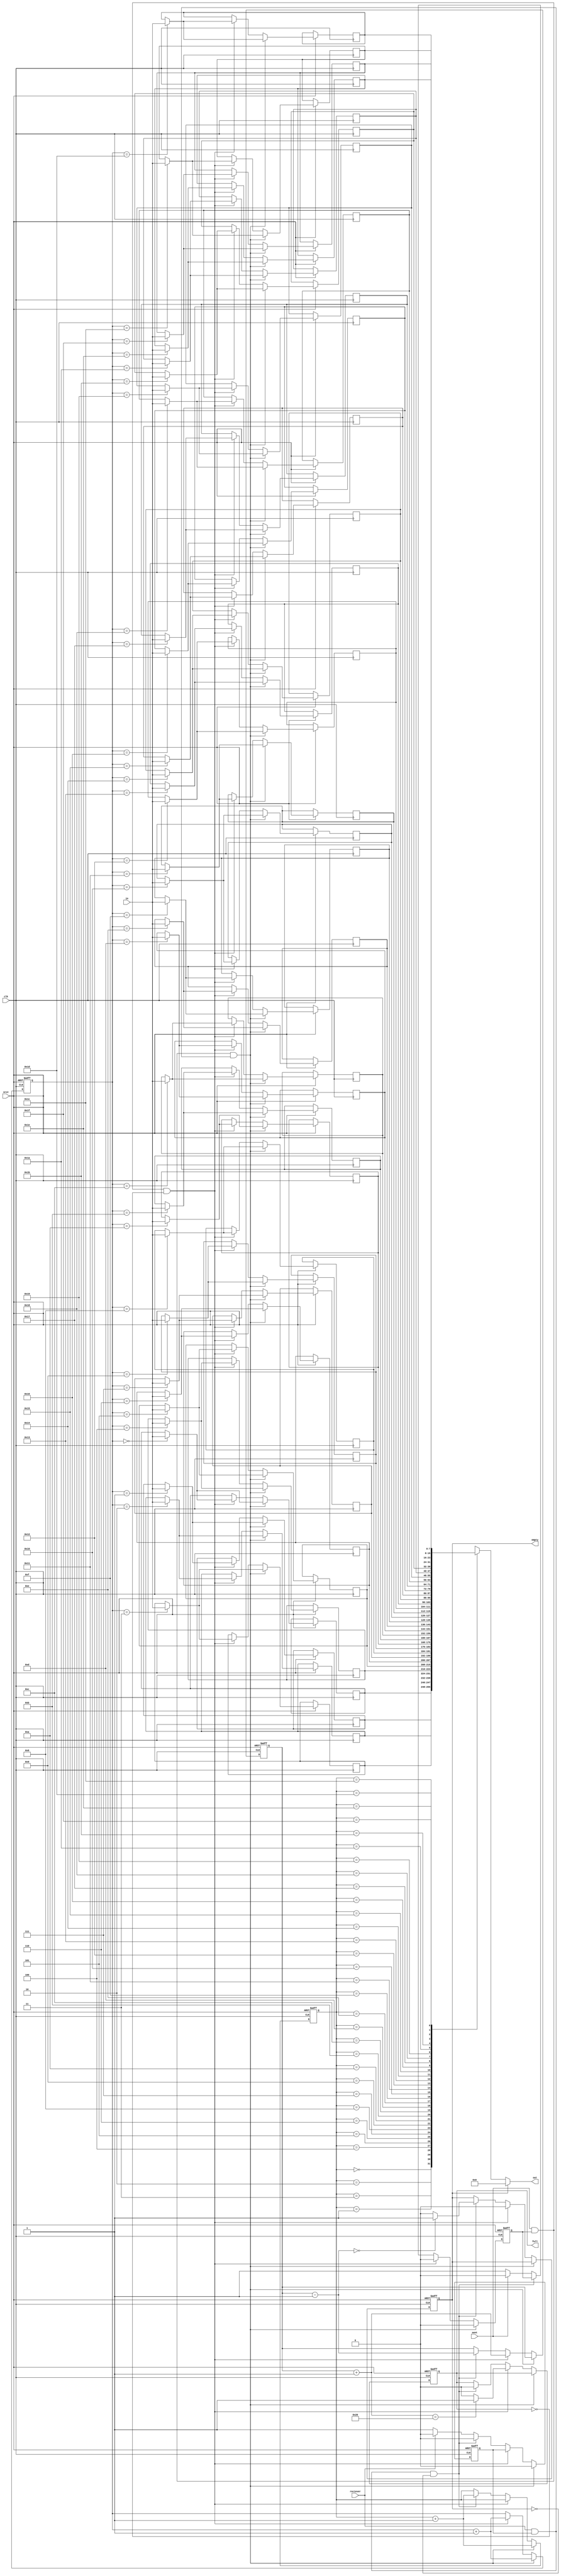
`timescale 1ns / 1ps
//////////////////////////////////////////////////////////////////////////////////
// Company: 
// Engineer: 
// 
// Design Name: 
// Module Name: FIFO
// Project Name: 
// Target Devices: 
// Tool Versions: 
// Description: 
// 
// Dependencies: 
// 
// Revision:
// Revision 0.01 - File Created
// Additional Comments:
// 
//////////////////////////////////////////////////////////////////////////////////

module FIFO(in, nrst, sent, out, empty, full, reciever, clk);
    input  [7:0]in;
    input  nrst,
           sent, clk; 
    
    input  reciever;       
    output [7:0]out;
    output  reg empty,
            full;
    
    parameter capacity = 32;
    parameter counter_width = $clog2(capacity);
    reg [7:0]ram[0: capacity-1];
    reg [0:counter_width-1] rear, front;
    reg s_en, r_en;
    reg [0:counter_width] length;
    wire[0:counter_width] length_incr;
    wire[0:counter_width] length_decr;
    
    assign length_incr = length + 1;
    assign length_decr = length - 1;
    
    always @(posedge clk or negedge nrst) begin
        if(!nrst) begin
            front =0;
            rear =0;
    
            empty <= 1'b1;
            full <= 1'b0;
            
            s_en <=1;
            r_en <=1;
            length <=0;
        end
        
        else begin
            if ((sent && s_en) && (reciever && r_en)) begin
                rear <= rear + 1;
                ram[rear] <= in;
                front <= front+1;
                s_en <= 0;
                r_en <= 0;
            end
            
            else if ((sent && s_en)  && !full) begin
                rear <= rear + 1;
                length <= length +1;
                ram[rear] <= in;
                s_en <= 0;
//                r_en =1;
                if (length_incr  == capacity) begin
                    empty <= 1'b0;
                    full <= 1'b1;
                end
                else begin
//                    s_en = 1;
//                    r_en =1;
                    empty <= 0;
                    full <= 0;
                end
            end
            else if ((reciever && r_en) && !empty) begin
//                out = ram[front];
                front <= front +1;
//                s_en = 1;
                r_en <=0;
                length <= length -1;
                if (length_decr  == 0) begin
                    empty <= 1'b1;
                    full <= 1'b0;
                end
                else begin
                    empty <= 0;
                    full <= 0;
//                    s_en = 1;
//                    r_en =1;
                end
            end
            else begin
                if (sent ==1)s_en <=0;
                else s_en <=1;
                if (reciever ==1)r_en <=0;
                else r_en <=1;

//                s_en <=1;
//                r_en <=1;
            end
        end
    end
    
    assign out = empty? 0 : ram[front];
endmodule
////////////////////////////////////////////////////////////////////////////////////

//module FIFO(in, nrst, sent, out, empty, full, almost_empty, almost_full, reciever);
//    input  [7:0]in;
//    input  nrst,
//           sent; 
    
//    input wire reciever;       
//    output [7:0]out;
//    output  reg empty,
//            full,
//            almost_empty,
//            almost_full;
    
//    parameter capacity = 16;
//    parameter counter_width = $clog2(capacity);
//    reg [7:0]ram[0: capacity-1];
//    reg [0:counter_width-1] rear, front;
    
    
// //   Tx uut3(.reciever(reciever)); posedge sent, posedge reciever, negedge nrst
    
//    always @(posedge sent or negedge nrst or posedge reciever) begin
//        if (!nrst) begin //n reset
////            ram =0;
//            front =0;
//            rear =0;
////            if (front == rear) begin
//                empty = 1'b0;
//                full = 1'b0;
//                almost_full = 1'b0;
//                almost_empty = 1'b0;
////            end
//        end
//        else begin
        
//            if (sent && reciever) begin
//                rear = rear + 1;
//                ram[rear] <= in;
//                front <= front+1;
//            end
//            else if (sent == 1'b1 && !full) begin
//                rear = rear + 1;
//                ram[rear] <= in;
//                if (rear == front) begin
//                    empty = 1'b0;
//                    full = 1'b1;
//                    almost_full = 1'b0;
//                    almost_empty = 1'b0;
//                end
//                else begin
//                    empty = 0;
//                    full = 0;
//                end
//            end
//            else if (reciever == 1'b1 && !empty) begin
////                out = ram[front];
//                front <= front +1;
//                if (rear == front) begin
//                    empty = 1'b1;
//                    full = 1'b0;
//                    almost_full = 1'b0;
//                    almost_empty = 1'b0;
//                end
//                else begin
//                    empty = 0;
//                    full = 0;
//                end
//            end
////            if (rear != front) begin
////                empty = 0;
////                full = 0;
////            end
//        end
//    end
    
////    always @(posedge reciever) begin
////        if (!nrst) begin //n reset
//////            ram =0;
////            front =0;
//////            rear =0;
//////            if (front == rear) begin
////                empty = 1'b0;
//////                full = 1'b0;
//////                almost_full = 1'b0;
//////                almost_empty = 1'b0;
//////            end
////        end
////        else begin
//////            if (sent == 1'b1 && !full) begin
//////                rear = rear + 1;
//////                ram[rear] <= in;
//////                if (rear == front) begin
//////                    empty = 1'b0;
//////                    full = 1'b1;
//////                    almost_full = 1'b0;
//////                    almost_empty = 1'b0;
//////                end
//////                else begin
//////                    empty = 0;
//////                    full = 0;
//////                end
//////            end
////            if (reciever == 1'b1 && !empty) begin
//////                out = ram[front];
////                front = front +1;
////                if (rear == front) begin
////                    empty = 1'b1;
//////                    full = 1'b0;
//////                    almost_full = 1'b0;
//////                    almost_empty = 1'b0;
////                end
////                else begin
////                    empty = 0;
//////                    full = 0;
////                end
////            end
//////            if (rear != front) begin
//////                empty = 0;
//////                full = 0;
//////            end
////        end    
////    end
//    assign out = ram[front];

//endmodule